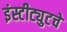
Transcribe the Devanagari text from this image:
इंस्टीट्युटचे